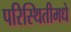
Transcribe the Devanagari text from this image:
परिस्थितीमधे